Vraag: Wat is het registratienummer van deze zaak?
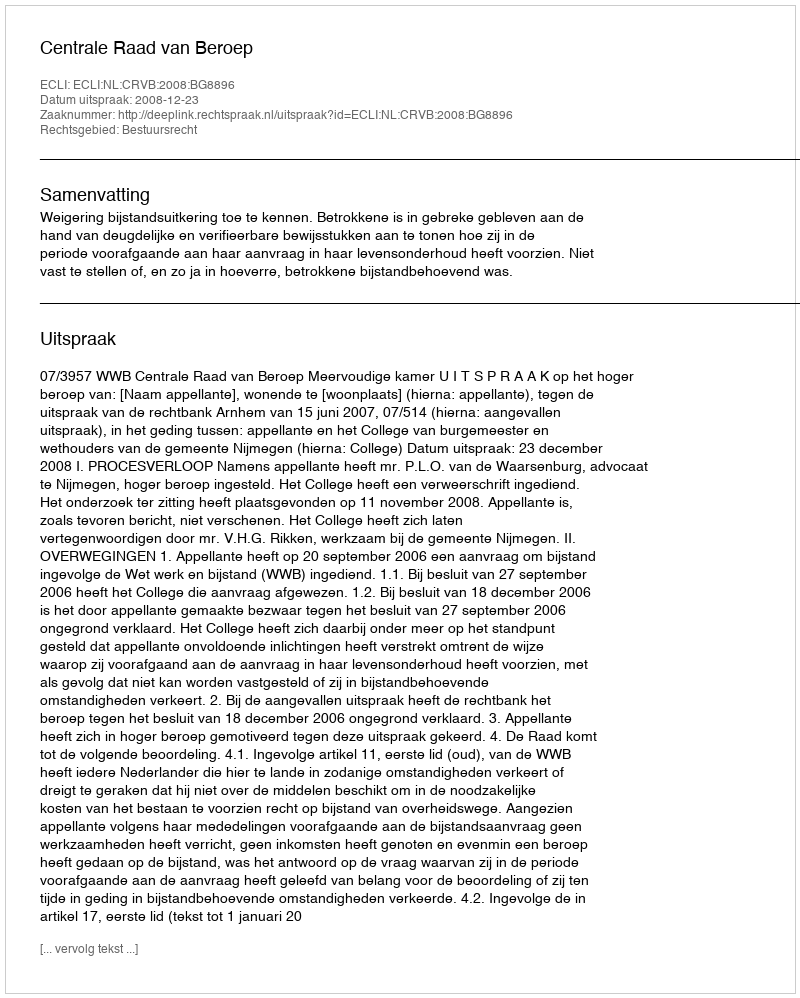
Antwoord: http://deeplink.rechtspraak.nl/uitspraak?id=ECLI:NL:CRVB:2008:BG8896